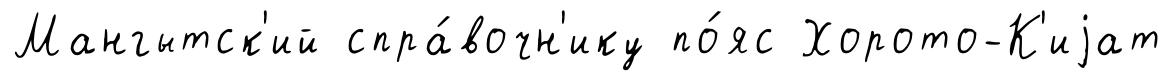
Мангытск'ий спра́вочн'ику по́яс Хорото-К'иjат